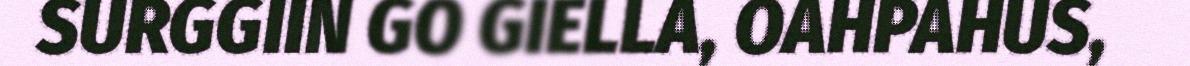
SURGGIIN GO GIELLA, OAHPAHUS,